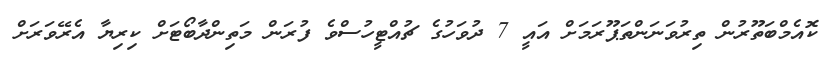
ކޮއެމްބަތޫރުން ތިރުވަނަންތަޕޫރަމަށް އައީ 7 ދުވަހުގެ ޗުއްޓީހުސްވެ ފުރަން މަތިންދާބޯޓަށް ކިރިޔާ އެރޭވަރަށް